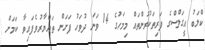
ކްލަބު އީގަލްސްގެ ފަރިތަކުރުންތައް މިމަހުގެ 14 ވަނަ ދުވަހު ފަށަން ތައްޔާރުވެފައިވާ ކަމަށް